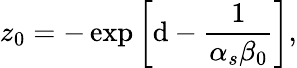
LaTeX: z_{0}=-\exp\left[\mathrm{d}-{\frac{{1}}{{\alpha_{s}\beta_{0}}}}\right],